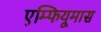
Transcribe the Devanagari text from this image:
एम्फियूमास